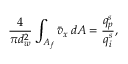
\frac { 4 } { \pi d _ { w } ^ { 2 } } \int _ { A _ { f } } \bar { v } _ { x } \, d A = \frac { q _ { p } ^ { s } } { q _ { i } ^ { s } } ,